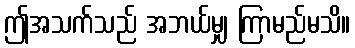
ဤအသက်သည် အဘယ်မျှ ကြာမည်မသိ။